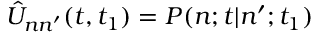
\hat { U } _ { n n ^ { \prime } } ( t , t _ { 1 } ) = P ( n ; t | n ^ { \prime } ; t _ { 1 } )